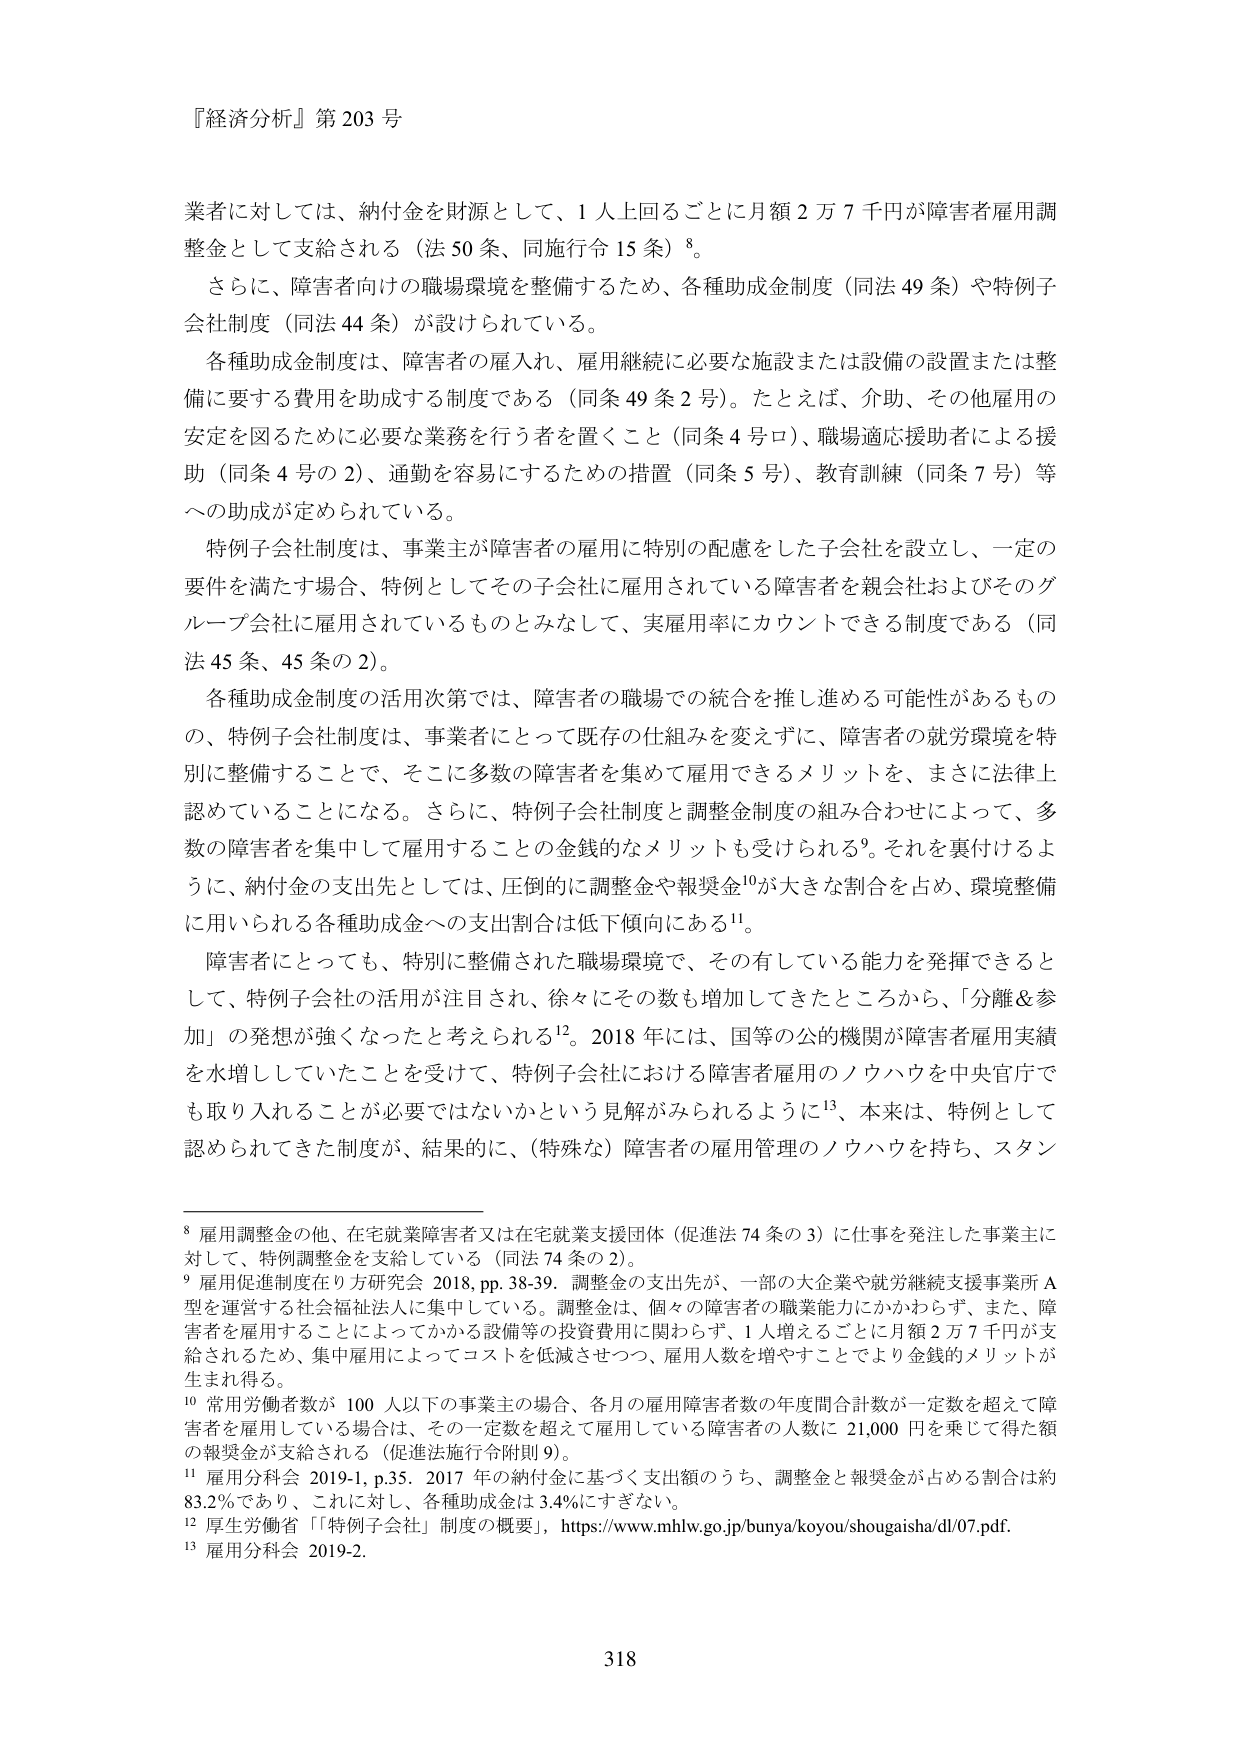
『経済分析』第 203 号

業者に対しては、納付金を財源として、1 人上回るごとに月額 2 万 7 千円が障害者雇用調整金として支給される（法 50 条、同施行令 15 条）⁸。

さらに、障害者向けの職場環境を整備するため、各種助成金制度（同法 49 条）や特例子会社制度（同法 44 条）が設けられている。

各種助成金制度は、障害者の雇入れ、雇用継続に必要な施設または設備の設置または整備に要する費用を助成する制度である（同条 49 条 2 号）。たとえば、介助、その他雇用の安定を図るために必要な業務を行う者を置くこと（同条 4 号ロ）、職場適応援助者による援助（同条 4 号の 2）、通勤を容易にするための措置（同条 5 号）、教育訓練（同条 7 号）等への助成が定められている。

特例子会社制度は、事業主が障害者の雇用に特別の配慮をした子会社を設立し、一定の要件を満たす場合、特例としてその子会社に雇用されている障害者を親会社およびそのグループ会社に雇用されているものとみなして、実雇用率にカウントできる制度である（同法 45 条、45 条の 2）。

各種助成金制度の活用次第では、障害者の職場での統合を推し進める可能性があるものの、特例子会社制度は、事業者にとって既存の仕組みを変えずに、障害者の就労環境を特別に整備することで、そこに多数の障害者を集めて雇用できるメリットを、まさに法律上認めていることになる。さらに、特例子会社制度と調整金制度の組み合わせによって、多数の障害者を集中して雇用することの金銭的なメリットも受けられる⁹。それを裏付けるように、納付金の支出先としては、圧倒的に調整金や報奨金¹⁰が大きな割合を占め、環境整備に用いられる各種助成金への支出割合は低下傾向にある¹¹。

障害者にとっても、特別に整備された職場環境で、その有している能力を発揮できるとして、特例子会社の活用が注目され、徐々にその数も増加してきたところから、「分離＆参加」の発想が強くなったと考えられる¹²。2018 年には、国等の公的機関が障害者雇用実績を水増ししていたことを受けて、特例子会社における障害者雇用のノウハウを中央官庁でも取り入れることが必要ではないかという見解がみられるように¹³、本来は、特例として認められてきた制度が、結果的に、（特殊な）障害者の雇用管理のノウハウを持ち、スタン

⁸ 雇用調整金の他、在宅就業障害者又は在宅就業支援団体（促進法 74 条の 3）に仕事を発注した事業主に対して、特例調整金を支給している（同法 74 条の 2）。

⁹ 雇用促進制度在り方研究会 2018, pp.38-39。調整金の支出先が、一部の大企業や就労継続支援事業所 A 型を運営する社会福祉法人に集中している。調整金は、個々の障害者の職業能力にかかわらず、また、障害者を雇用することによってかかる設備等の投資費用に関わらず、1 人増えるごとに月額 2 万 7 千円が支給されるため、集中雇用によってコストを低減させつつ、雇用人数を増やすことでより金銭的メリットが生まれ得る。

¹⁰ 常用労働者数が 100 人以下の事業主の場合、各月の雇用障害者数の年度間合計数が一定数を超えて障害者を雇用している場合は、その一定数を超えて雇用している障害者の人数に 21,000 円を乗じて得た額の報奨金が支給される（促進法施行令附則 9）。

¹¹ 雇用分科会 2019-1, p.35。2017 年の納付金に基づく支出額のうち、調整金と報奨金が占める割合は約 83.2％であり、これに対し、各種助成金は 3.4％にすぎない。

¹² 厚生労働省「『特例子会社』制度の概要」，https://www.mhlw.go.jp/bunya/koyou/shougaisha/dl/07.pdf.

¹³ 雇用分科会 2019-2.

318